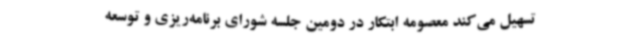
تسهیل می‌کند معصومه ابتکار در دومین جلسه شورای برنامه‌ریزی و توسعه